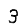
Digit: 3